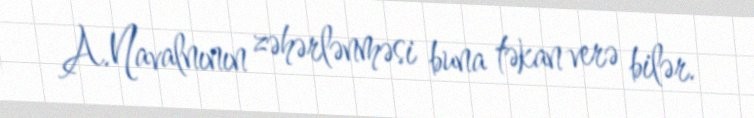
A.Navalnının zəhərlənməsi buna təkan verə bilər.